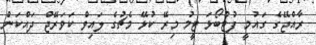
ރާއްޖޭގެ ގައުމީ ފުޓްބޯޅަ ޓީމު މިރޭ ކުޅޭ މެޗުގެ ލައިވް ކަވަރޭޖް ދައްކަން